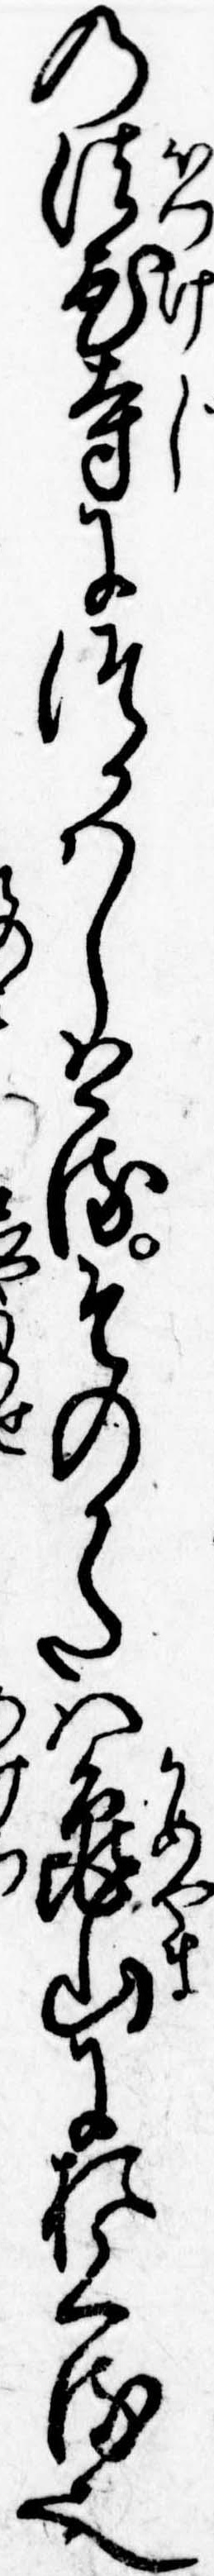
の法家寺につかはしけるそのかたは亀山におくる也